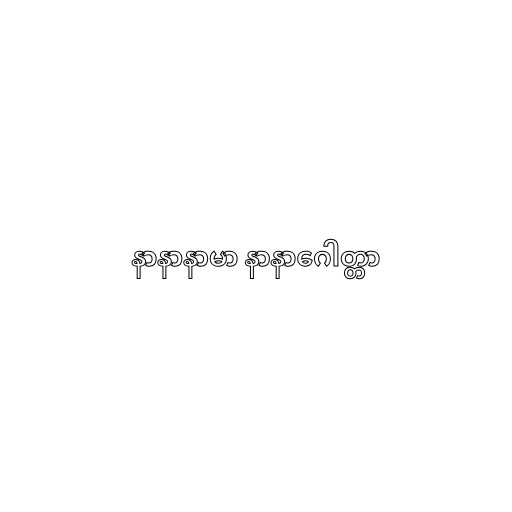
နာနာနာမာ နာနာဂေါတ္တာ